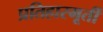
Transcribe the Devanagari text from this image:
प्रतिहारमूर्ती